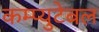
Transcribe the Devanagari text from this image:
कम्प्युटेबल